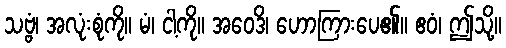
သဗ္ဗံ၊ အလုံးစုံကို။ မံ၊ ငါ့ကို။ အဝေဒိ၊ ဟောကြားပေ၏။ ဧဝံ၊ ဤသို့။